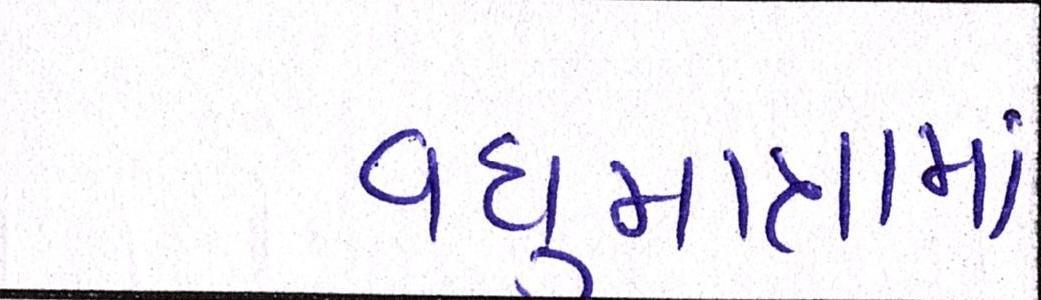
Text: વધુમાત્રામાં